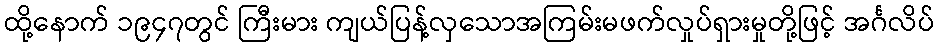
ထို့နောက် ၁၉၄၇တွင် ကြီးမား ကျယ်ပြန့်လှသောအကြမ်းမဖက်လှုပ်ရှားမှုတို့ဖြင့် အင်္ဂလိပ်